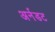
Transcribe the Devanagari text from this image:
अर्नडट